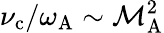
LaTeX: \nu_{\mathrm{c}}/\omega_{\mathrm{A}}\sim\mathcal{M}_{\mathrm{A}}^{2}